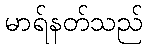
မာရ်နတ်သည်